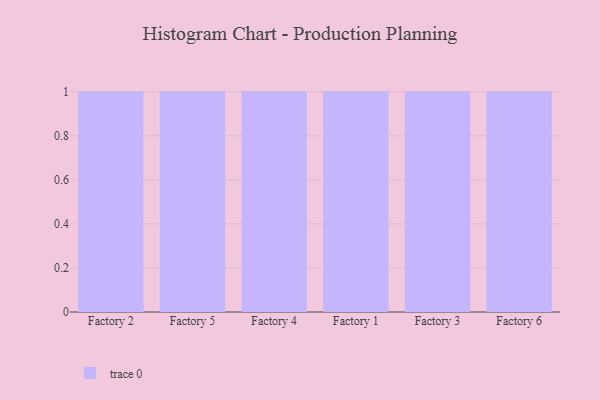
{"axis": {"x": "Factory", "y": "Active Users"}, "legend": [""], "data": [{"x": "Factory 2", "y": 2, "type": ""}, {"x": "Factory 5", "y": 73, "type": ""}, {"x": "Factory 4", "y": 72, "type": ""}, {"x": "Factory 1", "y": 34, "type": ""}, {"x": "Factory 3", "y": 78, "type": ""}, {"x": "Factory 6", "y": 50, "type": ""}]}